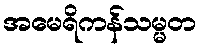
အမေရိကန်သမ္မတ